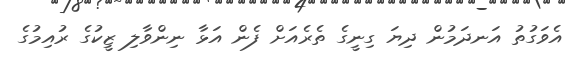
އެވަގުތު އަނދަމުން ދިޔަ ގިނީގެ ތެރެއަށް ފެން އަޅާ ނިންވާލި ޒީކުގެ ރުއިމުގެ